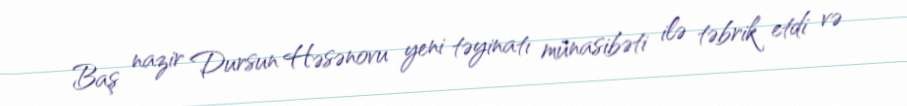
Baş nazir Dursun Həsənovu yeni təyinatı münasibəti ilə təbrik etdi və